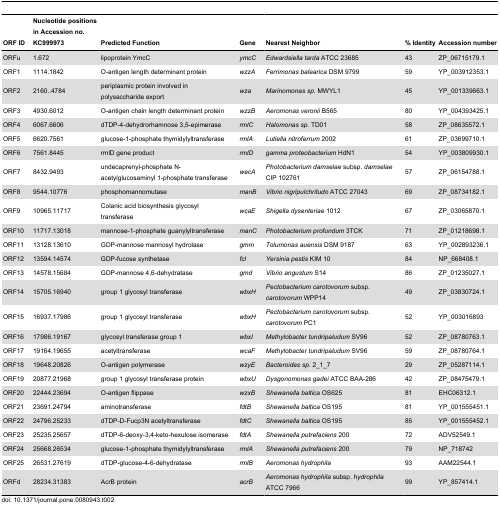
<table><thead><tr><td><b>ORF ID</b></td><td><b>Nucleotide positions in Accession no. KC999973</b></td><td><b>Predicted Function</b></td><td><b>Gene</b></td><td><b>Nearest Neighbor</b></td><td><b>% Identity</b></td><td><b>Accession number</b></td></tr></thead><tbody><tr><td>ORFu</td><td>1.672</td><td>lipoprotein YmcC</td><td><i>ymcC</i></td><td><i>Edwardsiella tarda</i> ATCC 23685</td><td>43</td><td>ZP_06715179.1</td></tr><tr><td>ORF1</td><td>1114.1842</td><td>O-antigen length determinant protein</td><td><i>wzzA</i></td><td><i>Ferrimonas balearica</i> DSM 9799</td><td>59</td><td>YP_003912353.1</td></tr><tr><td>ORF2</td><td>2160..4784</td><td>periplasmic protein involved in polysaccharide export</td><td><i>wza</i></td><td><i>Marinomonas</i><i>sp.</i> MWYL1</td><td>45</td><td>YP_001339663.1</td></tr><tr><td>ORF3</td><td>4930.6012</td><td>O-antigen chain length determinant protein</td><td><i>wzzB</i></td><td><i>Aeromonas veronii</i> B565</td><td>80</td><td>YP_004393425.1</td></tr><tr><td>ORF4</td><td>6067.6606</td><td>dTDP-4-dehydrorhamnose 3,5-epimerase</td><td><i>rmlC</i></td><td><i>Halomonas</i><i>sp.</i> TD01</td><td>58</td><td>ZP_08635572.1</td></tr><tr><td>ORF5</td><td>6620.7561</td><td>glucose-1-phosphate thymidylyltransferase</td><td><i>rmlA</i></td><td><i>Lutiella nitroferrum</i> 2002</td><td>61</td><td>ZP_03699710.1</td></tr><tr><td>ORF6</td><td>7561.8445</td><td>rmlD gene product</td><td><i>rmlD</i></td><td><i>gamma proteobacterium</i> HdN1</td><td>54</td><td>YP_003809930.1</td></tr><tr><td>ORF7</td><td>8432.9493</td><td>undecaprenyl-phosphate N-acetylglucosaminyl 1-phosphate transferase</td><td><i>wecA</i></td><td><i>Photobacterium damselae</i> subsp. <i>damselae</i> CIP 102761</td><td>57</td><td>ZP_06154788.1</td></tr><tr><td>ORF8</td><td>9544.10776</td><td>phosphomannomutase</td><td><i>manB</i></td><td><i>Vibrio nigripulchritudo</i> ATCC 27043</td><td>69</td><td>ZP_08734182.1</td></tr><tr><td>ORF9</td><td>10965.11717</td><td>Colanic acid biosynthesis glycosyl transferase</td><td><i>wcaE</i></td><td><i>Shigella dysenteriae</i> 1012</td><td>67</td><td>ZP_03065870.1</td></tr><tr><td>ORF10</td><td>11717.13018</td><td>mannose-1-phosphate guanylyltransferase</td><td><i>manC</i></td><td><i>Photobacterium profundum</i> 3TCK</td><td>71</td><td>ZP_01218698.1</td></tr><tr><td>ORF11</td><td>13128.13610</td><td>GDP-mannose mannosyl hydrolase</td><td><i>gmm</i></td><td><i>Tolumonas auensis</i> DSM 9187</td><td>63</td><td>YP_002893236.1</td></tr><tr><td>ORF12</td><td>13594.14574</td><td>GDP-fucose synthetase</td><td><i>fcl</i></td><td><i>Yersinia pestis</i> KIM 10</td><td>84</td><td>NP_668408.1</td></tr><tr><td>ORF13</td><td>14578.15684</td><td>GDP-mannose 4,6-dehydratase</td><td><i>gmd</i></td><td><i>Vibrio angustum</i> S14</td><td>86</td><td>ZP_01235027.1</td></tr><tr><td>ORF14</td><td>15705.16940</td><td>group 1 glycosyl transferase</td><td><i>wbxH</i></td><td><i>Pectobacterium carotovorum</i> subsp. <i>carotovorum</i> WPP14</td><td>49</td><td>ZP_03830724.1</td></tr><tr><td>ORF15</td><td>16937.17986</td><td>group 1 glycosyl transferase</td><td><i>wbxH</i></td><td><i>Pectobacterium carotovorum</i> subsp. <i>carotovorum</i> PC1</td><td>52</td><td>YP_003016893</td></tr><tr><td>ORF16</td><td>17986.19167</td><td>glycosyl transferase group 1</td><td><i>wbxI</i></td><td><i>Methylobacter tundripaludum</i> SV96</td><td>52</td><td>ZP_08780763.1</td></tr><tr><td>ORF17</td><td>19164.19655</td><td>acetyltransferase</td><td><i>wcaF</i></td><td><i>Methylobacter tundripaludum</i> SV96</td><td>59</td><td>ZP_08780764.1</td></tr><tr><td>ORF18</td><td>19648.20826</td><td>O-antigen polymerase</td><td><i>wzyE</i></td><td><i>Bacteroides</i><i>sp.</i> 2_1_7</td><td>29</td><td>ZP_05287114.1</td></tr><tr><td>ORF19</td><td>20877.21968</td><td>group 1 glycosyl transferase protein</td><td><i>wbxU</i></td><td><i>Dysgonomonas gadei</i> ATCC BAA-286</td><td>42</td><td>ZP_08475479.1</td></tr><tr><td>ORF20</td><td>22444.23694</td><td>O-antigen flippase</td><td><i>wzxB</i></td><td><i>Shewanella baltica</i> OS625</td><td>81</td><td>EHC06312.1</td></tr><tr><td>ORF21</td><td>23691.24794</td><td>aminotransferase</td><td><i>fdtB</i></td><td><i>Shewanella baltica</i> OS195</td><td>81</td><td>YP_001555451.1</td></tr><tr><td>ORF22</td><td>24796.25233</td><td>dTDP-D-Fucp3N acetyltransferase</td><td><i>fdtC</i></td><td><i>Shewanella baltica</i> OS195</td><td>85</td><td>YP_001555452.1</td></tr><tr><td>ORF23</td><td>25235.25657</td><td>dTDP-6-deoxy-3,4-keto-hexulose isomerase</td><td><i>fdtA</i></td><td><i>Shewanella putrefaciens</i> 200</td><td>72</td><td>ADV52549.1</td></tr><tr><td>ORF24</td><td>25668.26534</td><td>glucose-1-phosphate thymidylyltransferase</td><td><i>rmlA</i></td><td><i>Shewanella putrefaciens</i> 200</td><td>79</td><td>NP_718742</td></tr><tr><td>ORF25</td><td>26531.27619</td><td>dTDP-glucose-4-6-dehydratase</td><td><i>rmlB</i></td><td><i>Aeromonas hydrophila</i></td><td>93</td><td>AAM22544.1</td></tr><tr><td>ORFd</td><td>28234.31383</td><td>AcrB protein</td><td><i>acrB</i></td><td><i>Aeromonas hydrophila</i> subsp. <i>hydrophila</i> ATCC 7966</td><td>99</td><td>YP_857414.1</td></tr></tbody></table>